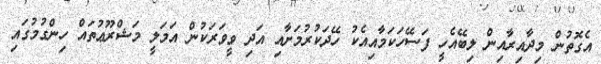
އެގޮތުން މިދާއިރާއިން ލިބޭއެހީ ފަސޭހަކަމާއިއެކު ހޭދަކުރުމަށާއި އަދި ވީވަރަކުން އަމަލީ މަޝްރޫޢުތައް ހިންގުމުގައި